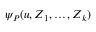
\psi _ { P } ( u , Z _ { 1 } , \dots , Z _ { k } )